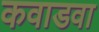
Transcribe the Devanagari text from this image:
कवाडवा